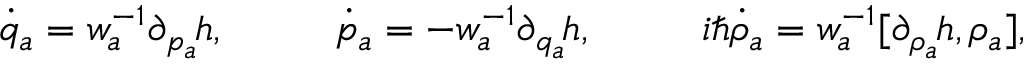
\dot { q } _ { a } = w _ { a } ^ { - 1 } { \partial _ { p _ { a } \! } h } , \qquad \ \ \dot { p } _ { a } = - w _ { a } ^ { - 1 } { \partial _ { q _ { a } \! } h } , \qquad \ \ i \hbar { \dot { \rho } _ { a } } = w _ { a } ^ { - 1 } [ { \partial _ { \rho _ { a } \! } h } , \rho _ { a } ] ,